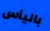
باليأس